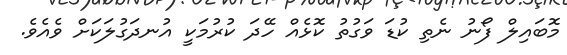
މޮބައިލް ފޯނު ނެތި ކުޑަ ވަގުތު ކޮޅެއް ހޭދަ ކުރުމަކީ އުނދަގުލަކަށް ވެއެވެ.